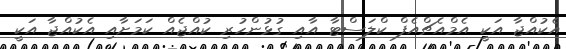
އެކުއްޖާ އަކީ އެމްއެޗްއެފް ކްލަސްޓާ އާއި ގުޅުންހުރި ކުއްޖެއް ކަމަށާއި އެކުއްޖާ އަކީ